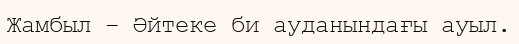
Жамбыл – Әйтеке би ауданындағы ауыл.